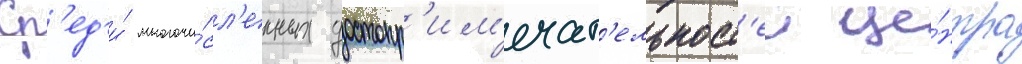
Ср'ед'и́ многочи́сл'енных достопр'им'ечат'ельност'еи це́нтра